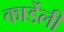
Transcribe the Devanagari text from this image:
कार्डेली